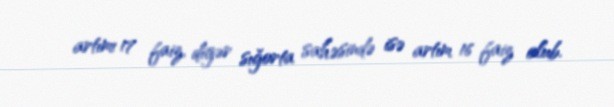
artımı 17 faiz, digər sığorta sahəsində isə artım 16 faiz olub.